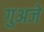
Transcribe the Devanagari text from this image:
गुअजे